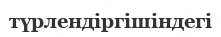
түрлендіргішіндегі